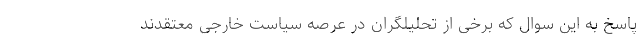
پاسخ به این سوال که برخی از تحلیلگران در عرصه سیاست خارجی معتقدند